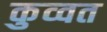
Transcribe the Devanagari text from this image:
कुव्‍वत